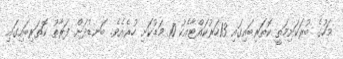
މަހުގެ ބުރަކަށިމަތީ ކޮތަރިބައިގައި 13ހަރުކައްޓާއެކު 10 މަޑުކަށި ހުރެއެވެ. ބަނޑުދަށް ފަރާތު ކޮަތަރިބައިގައި